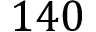
1 4 0